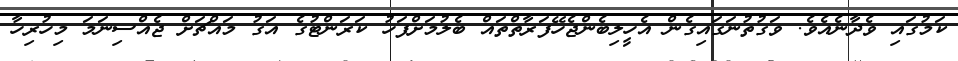
ކަމުގައި ވެދާނެއެވެ. ވަގުތުނަގައިގެން އެހީލިބެންޖެހޭފަރާތްތައް ބެލުމަށްފަހު ކަރަންޓުގެ އަގު މައްޗަށް ޖެއްސިނަމަ މިހުރިހާ